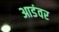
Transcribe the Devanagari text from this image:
आडंवर